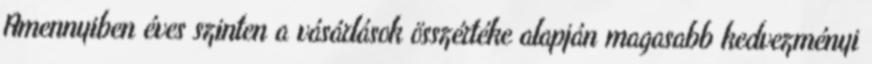
Amennyiben éves szinten a vásárlások összértéke alapján magasabb kedvezményi